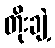
တိုးချဲ့